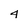
Character: 4